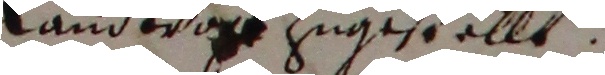
landtvogt zugestellt.